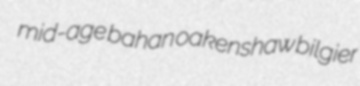
mid-age bahan oakenshaw bilgier